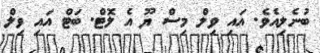
ބުނެލިއެވެ. އައި ވިލް މިސް ޔޫ އެ ލޮޓް. ބަޓް އައި ވިލް